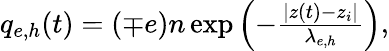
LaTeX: \begin{array}{r}{q_{e,h}(t)=(\mp e)n\exp\left(-\frac{|z(t)-z_{i}|}{\lambda_{e,h}}\right),}\end{array}